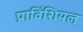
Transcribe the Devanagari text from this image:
प्राविंशियल